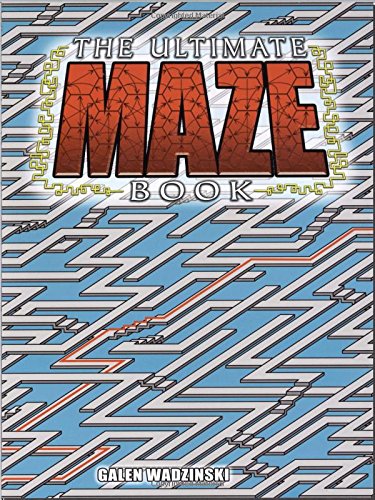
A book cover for The Ultimate Maze Book (Dover Children's Activity Books); Galen Wadzinski; Humor & Entertainment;